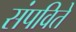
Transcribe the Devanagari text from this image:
संपविते